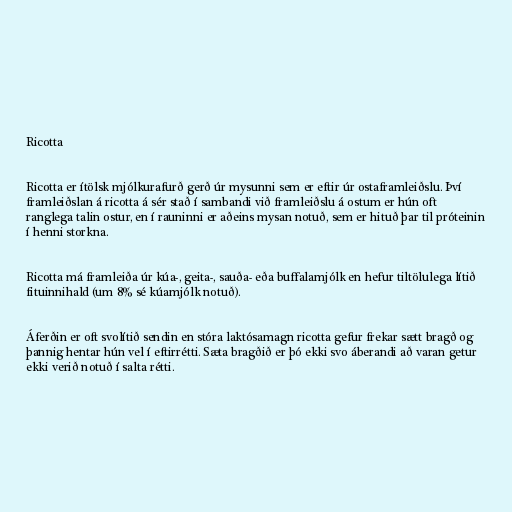
Ricotta

Ricotta er ítölsk mjólkurafurð gerð úr mysunni sem er eftir úr ostaframleiðslu. Því
framleiðslan á ricotta á sér stað í sambandi við framleiðslu á ostum er hún oft
ranglega talin ostur, en í rauninni er aðeins mysan notuð, sem er hituð þar til próteinin
í henni storkna.

Ricotta má framleiða úr kúa-, geita-, sauða- eða buffalamjólk en hefur tiltölulega lítið
fituinnihald (um 8% sé kúamjólk notuð).

Áferðin er oft svolítið sendin en stóra laktósamagn ricotta gefur frekar sætt bragð og
þannig hentar hún vel í eftirrétti. Sæta bragðið er þó ekki svo áberandi að varan getur
ekki verið notuð í salta rétti.